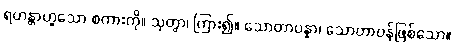
ရဟန္တာဟူသော စကားကို။ သုတွာ၊ ကြား၍။ သောတာပန္နာ၊ သောတာပန်ဖြစ်သော။